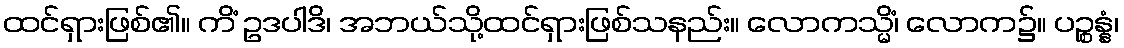
ထင်ရှားဖြစ်၏။ ကိံ ဥဒပါဒိ၊ အဘယ်သို့ထင်ရှားဖြစ်သနည်း။ လောကသ္မိံ၊ လောက၌။ ပဉ္စန္နံ၊